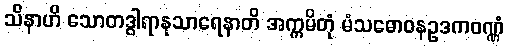
သိနာဟိ သောတဒွါရာနုသာရေနာတိ အက္ကမိတုံ မံသဓောဝနဥဒကဝဏ္ဏံ